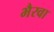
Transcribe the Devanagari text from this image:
भैरवा